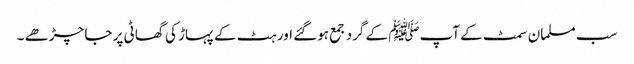
سب مسلمان سمٹ کے آپﷺ کے گرد جمع ہوگئے اور ہٹ کے پہاڑ کی گھاٹی پر جا چڑھے ۔